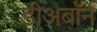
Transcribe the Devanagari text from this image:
डीअर्बॉर्न